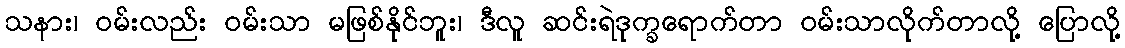
သနား၊ ဝမ်းလည်း ဝမ်းသာ မဖြစ်နိုင်ဘူး၊ ဒီလူ ဆင်းရဲဒုက္ခရောက်တာ ဝမ်းသာလိုက်တာလို့ ပြောလို့